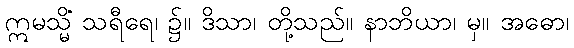
ဣမသ္မိံ သရီရေ၊ ၌။ ဒိသာ၊ တို့သည်။ နာဘိယာ၊ မှ။ အဓော၊